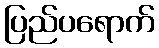
ပြည်ပရောက်